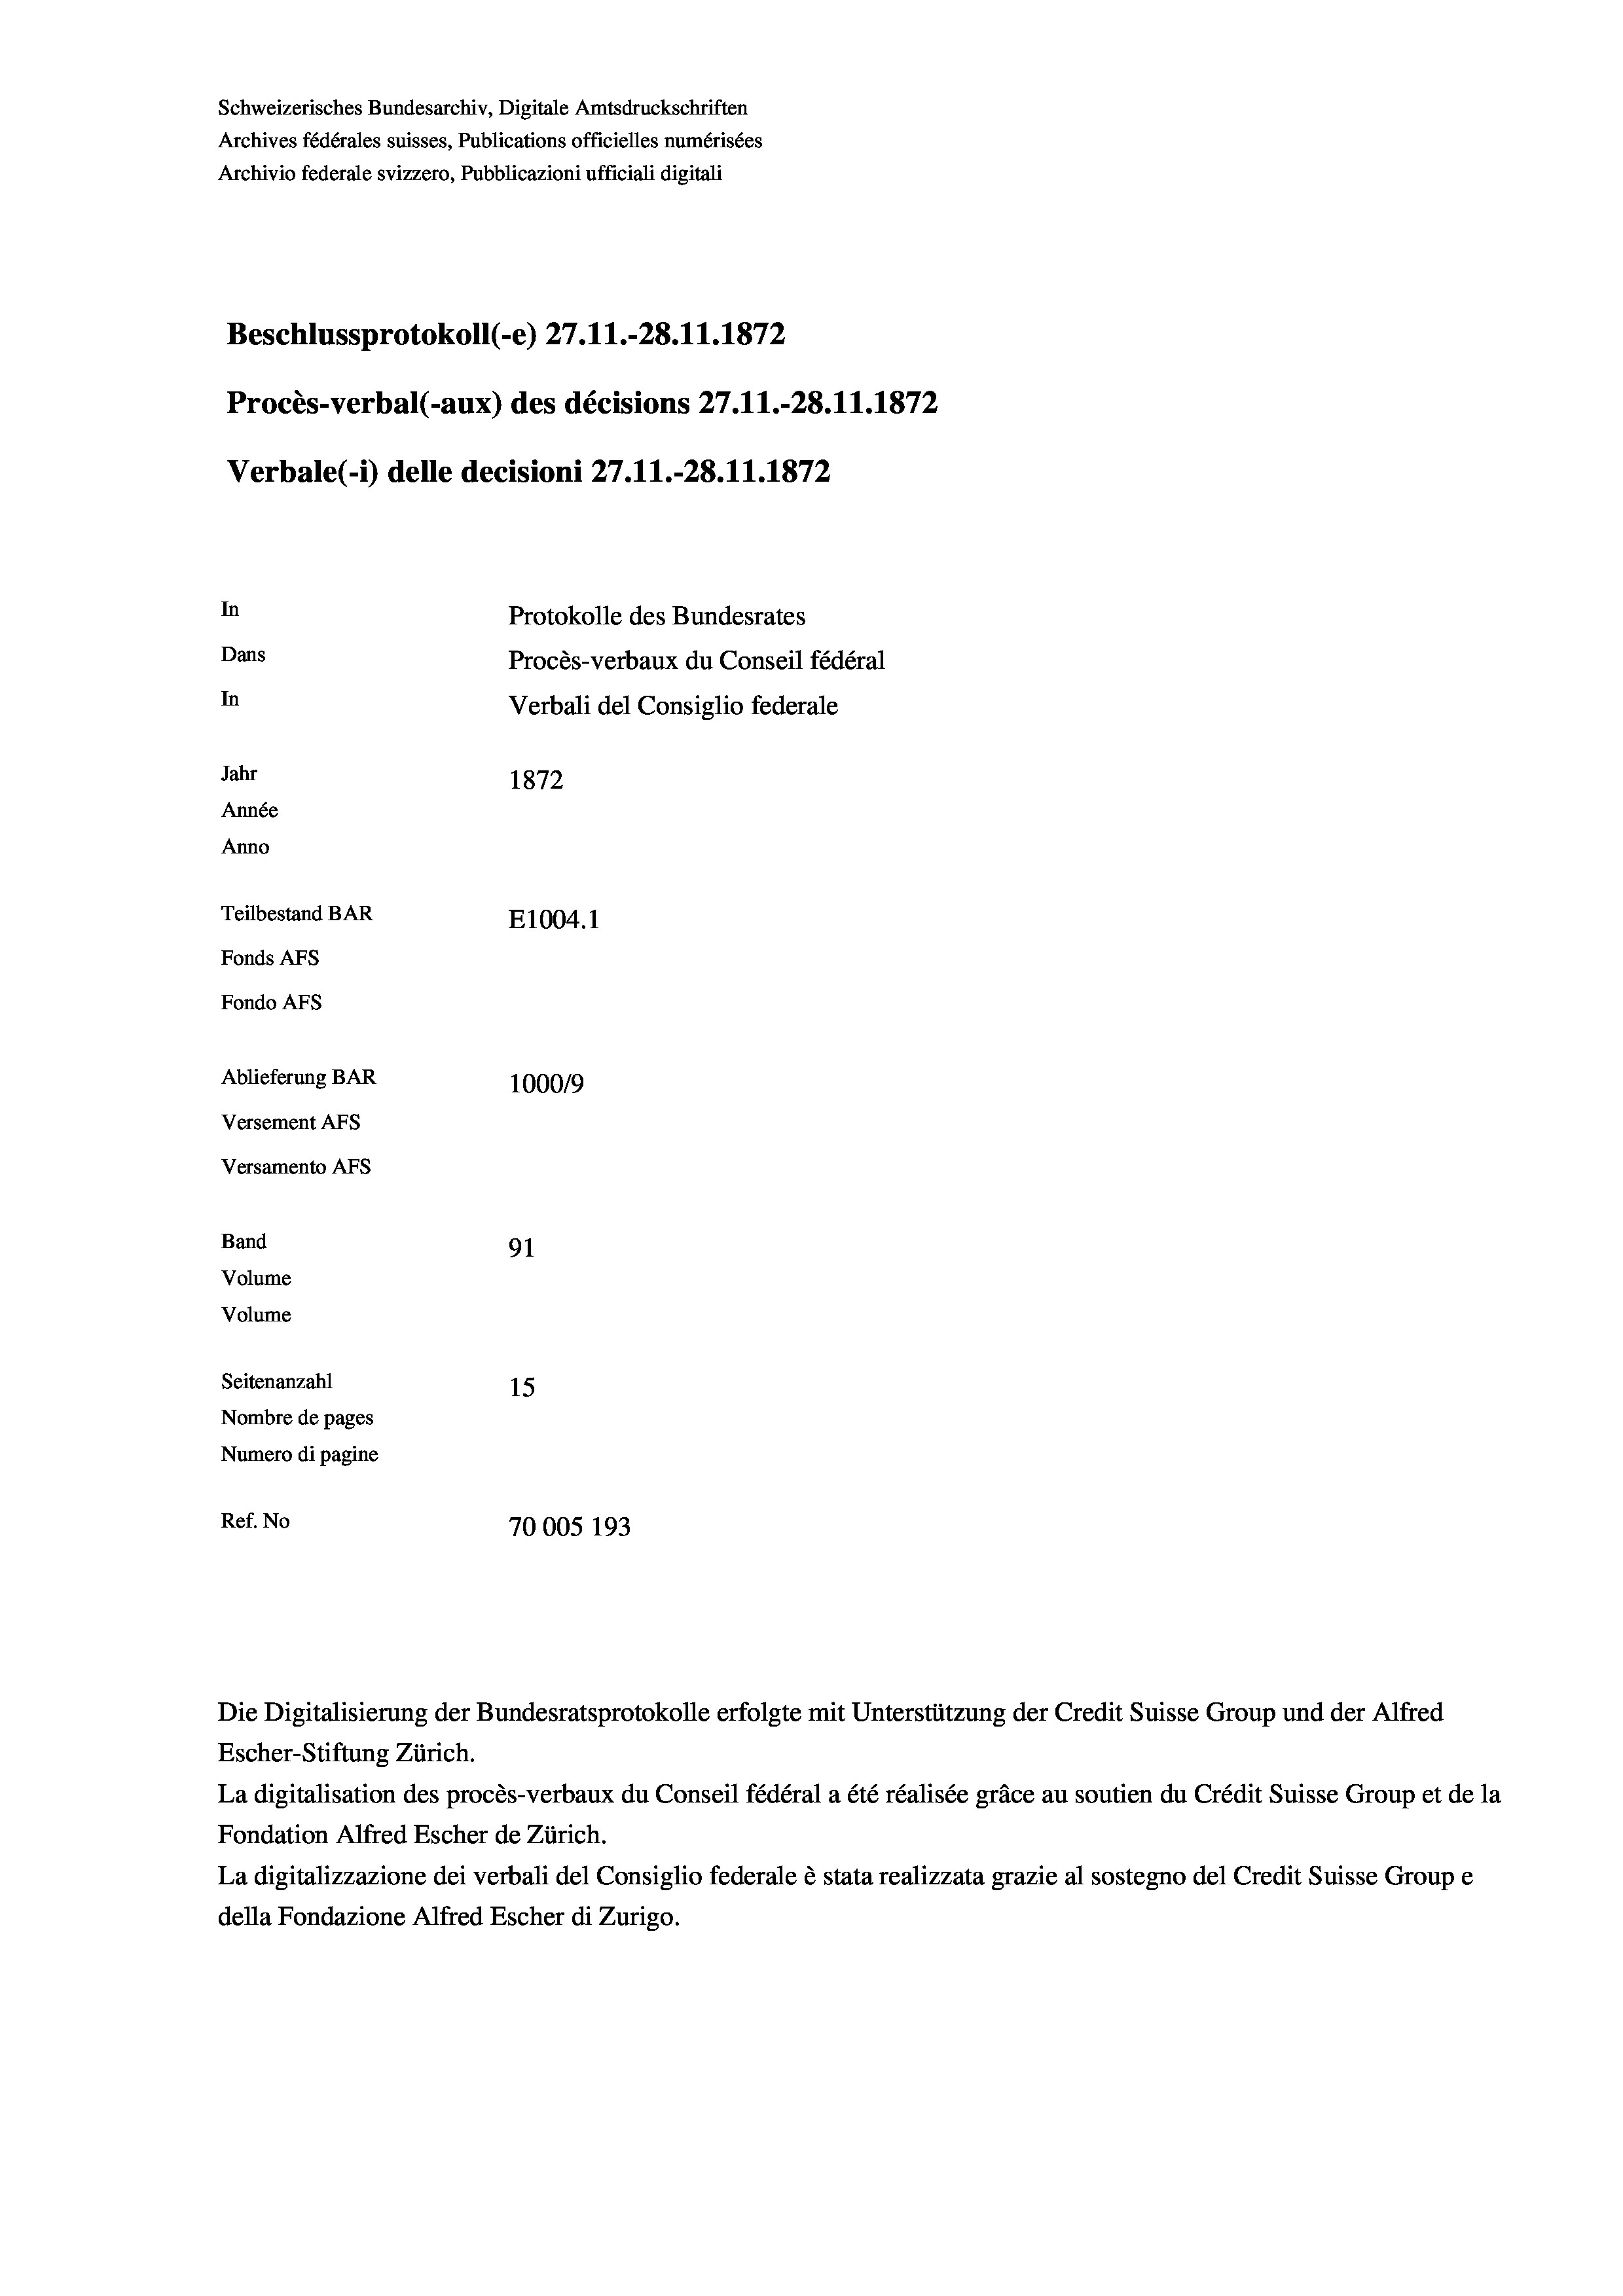
Schweizerisches Bundesarchiv, Digitale Amtsdruckschriften
Archives fédérales suisses, Publications officielles numérisées
Archivio federale svizzero, Pubblicazioni ufficiali digitali
Beschlussprotokoll (-e) 27.11.-28.11.1872
Procès-verbal (-aux) des décisions 27.11.-28.11.1872
Verbale (- 1) delle decisioni 27.11.-28.11.1872
In
Protokolle des Bundesrates
Dans
Procès-verbaux du Conseil fédéral
In
Verbali del Consiglio federale
Jahr
1872
Année
Anno
Teilbestand BAR
E1004. 1
Fonds AFs
Fondo AFS
Ablieferung BAR
100019
Versement AFs
Versamento Afs
Band
91
Volume
Volume
Seitenanzahl
15
Nombre de pages
Numero di pagine
Ref. No
70005 193

Escher-Stiftung Zürich.
La digitalisation des procès-verbaux du Conseil fédéral a été réalisée gräce au soutien du Crédit Suisse Group et de la
Fondation Alfred Escher de Zürich.
La digitalizzazione dei verbali del Consiglio federale è stata realizzata grazie al sostegno del Credit Suisse Groupe
della Fondazione Alfred Escher di Zurigo.

Die Digitalisierung der Bundesratsprotokolle erfolgte mit Unterstützung der Credit Suisse Group und der Alfred